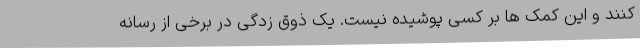
کنند و این کمک ها بر کسی پوشیده نیست. یک ذوق زدگی در برخی از رسانه